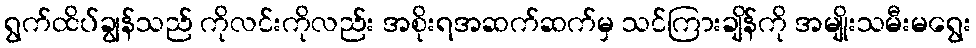
ရွက်ထိပ်ချွန်သည် ကိုလင်းကိုလည်း အစိုးရအဆက်ဆက်မှ သင်ကြားချိန်ကို အမျိုးသမီးမရွေး